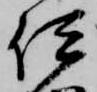
伊